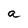
Character: a